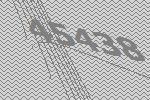
45438